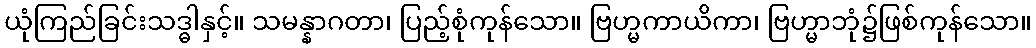
ယုံကြည်ခြင်းသဒ္ဓါနှင့်။ သမန္နာဂတာ၊ ပြည့်စုံကုန်သော။ ဗြဟ္မကာယိကာ၊ ဗြဟ္မာဘုံ၌ဖြစ်ကုန်သော။